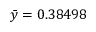
\bar { y } = 0 . 3 8 4 9 8